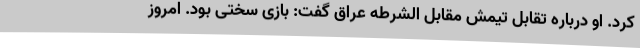
کرد. او درباره تقابل تیمش مقابل الشرطه عراق گفت: بازی سختی بود. امروز